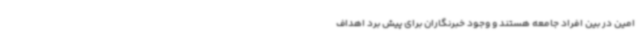
امین در بین افراد جامعه هستند و وجود خبرنگاران برای پیش برد اهداف